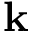
\mathbf { k }